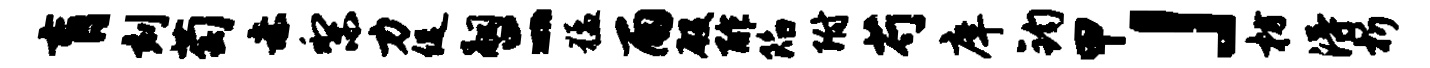
肓刻萄赤梨力促嗣二猛雨殷酢陷附芍庠钧甲」枋得析